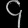
Digit: ၄